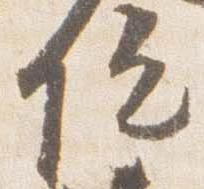
院